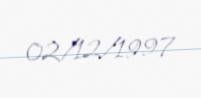
02/12/1997